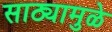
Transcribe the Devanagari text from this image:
साठ्यामुळे